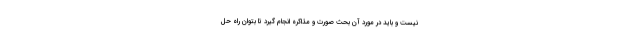
نیست و باید در مورد آن بحث صورت و مذاکره انجام گیرد تا بتوان راه حل